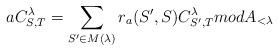
LaTeX: \begin{align*}aC_{S,T}^{\lambda}=\sum_{S'\in M(\lambda)} r_a(S',S)C_{S',T}^{\lambda} mod A_{<\lambda}\end{align*}